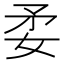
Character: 𡛺